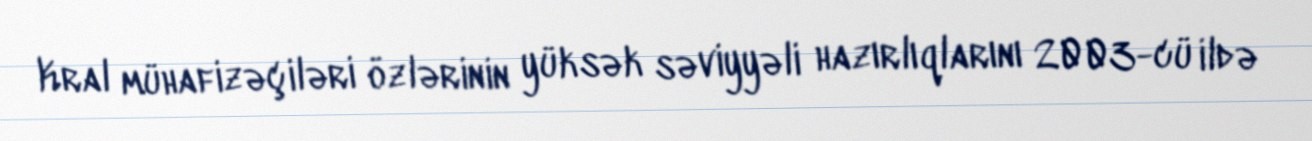
Kral mühafizəçiləri özlərinin yüksək səviyyəli hazırlıqlarını 2003-cü ildə